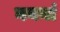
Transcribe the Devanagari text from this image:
नयनां